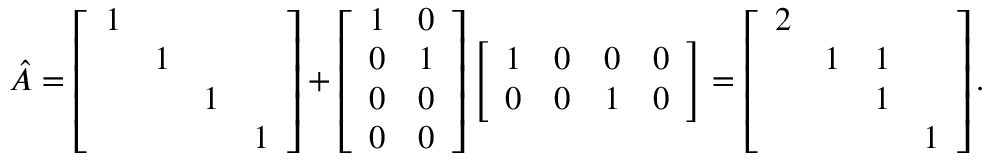
\hat { A } = \left[ \begin{array} { l l l l } { 1 } & & & \\ & { 1 } & & \\ & & { 1 } & \\ & & & { 1 } \end{array} \right] + \left[ \begin{array} { l l } { 1 } & { 0 } \\ { 0 } & { 1 } \\ { 0 } & { 0 } \\ { 0 } & { 0 } \end{array} \right] \left[ \begin{array} { l l l l } { 1 } & { 0 } & { 0 } & { 0 } \\ { 0 } & { 0 } & { 1 } & { 0 } \end{array} \right] = \left[ \begin{array} { l l l l } { 2 } & & & \\ & { 1 } & { 1 } & \\ & & { 1 } & \\ & & & { 1 } \end{array} \right] .